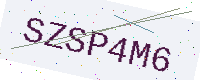
Text: SZSP4M6